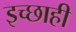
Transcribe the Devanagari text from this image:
इच्छाही